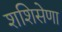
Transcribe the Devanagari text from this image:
शशिसेणा